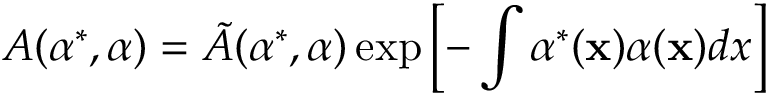
A ( \alpha ^ { * } , \alpha ) = \tilde { A } ( \alpha ^ { * } , \alpha ) \exp \left[ - \int \alpha ^ { * } ( { \bf x } ) \alpha ( { \bf x } ) d x \right]